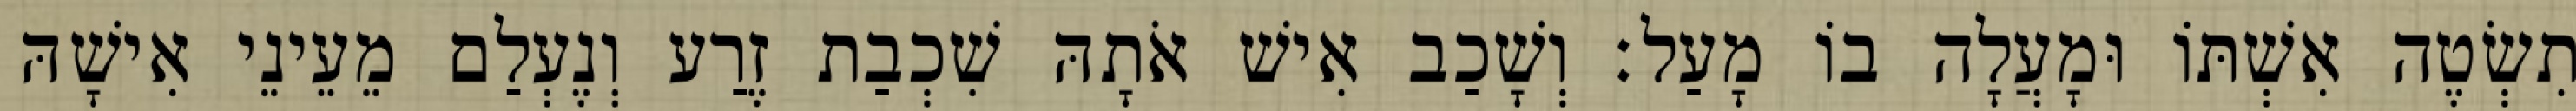
תִשְׂטֶה אִשְׁתּוֹ וּמָעֲלָה בוֹ מָעַל׃ וְשָׁכַב אִישׁ אֹתָהּ שִׁכְבַת זֶרַע וְנֶעְלַם מֵעֵינֵי אִישָׁהּ